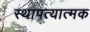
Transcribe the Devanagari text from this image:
स्थापत्यात्मक